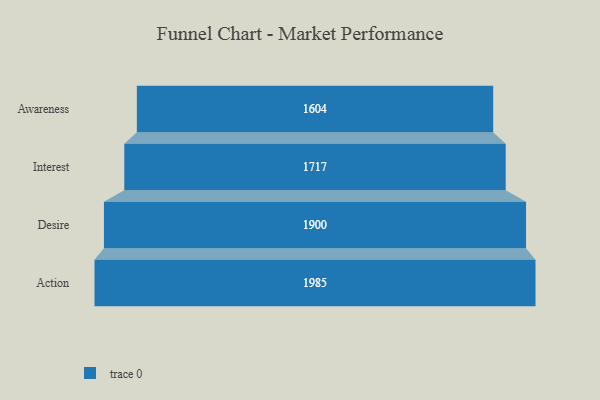
{"axis": {"x": "Stage", "y": "Value"}, "legend": [""], "data": [{"x": "Awareness", "y": 1604.0, "type": ""}, {"x": "Interest", "y": 1717.0, "type": ""}, {"x": "Desire", "y": 1900.0, "type": ""}, {"x": "Action", "y": 1985.0, "type": ""}]}